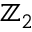
\mathbb { Z } _ { 2 }